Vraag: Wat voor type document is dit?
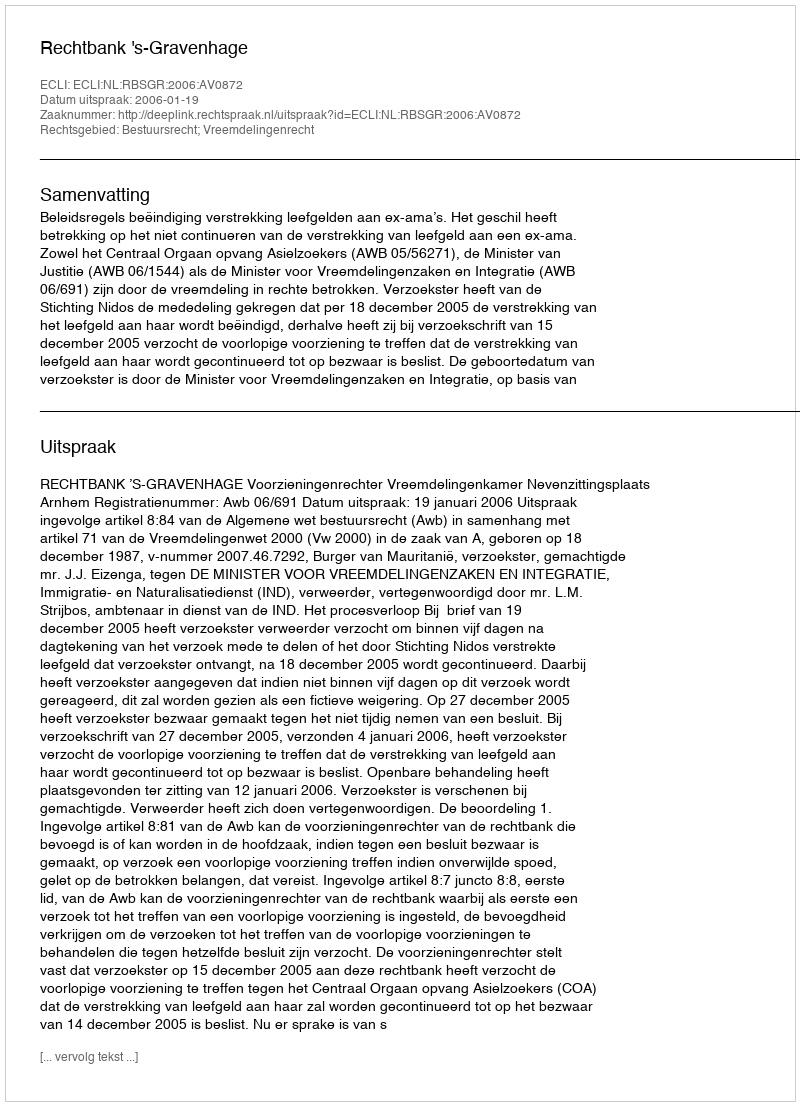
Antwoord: Uitspraak